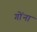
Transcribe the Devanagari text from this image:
गोंना